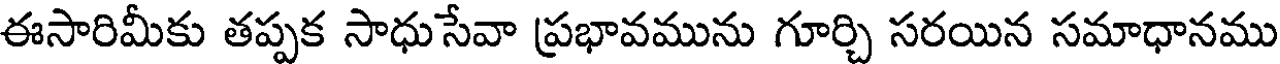
ఈసారిమీకు తప్పక సాధుసేవా ప్రభావమును గూర్చి సరయిన సమాధానము